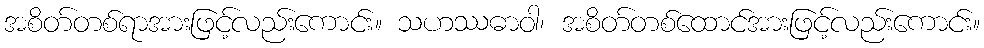
အစိတ်တစ်ရာအားဖြင့်လည်းကောင်း။ သဟဿဓာဝါ၊ အစိတ်တစ်ထောင်အားဖြင့်လည်းကောင်း။